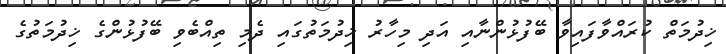
ޚިދުމަތް ކުރައްވާފައިވާ ބޭފުޅުންނާއި އަދި މިހާރު ޚިދުމަތުގައި ދެމި ތިއްބެވި ބޭފުޅުންގެ ޚިދުމަތުގެ